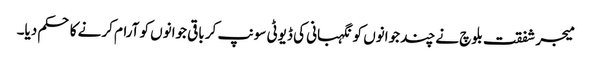
میجر شفقت بلوچ نے چند جوانوں کو نگہبانی کی ڈیوٹی سونپ کر باقی جوانوں کو آرام کرنے کا حکم دیا۔